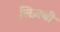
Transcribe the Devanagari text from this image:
लिज़बी